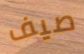
صيف